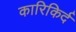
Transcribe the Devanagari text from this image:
कारिकिर्द